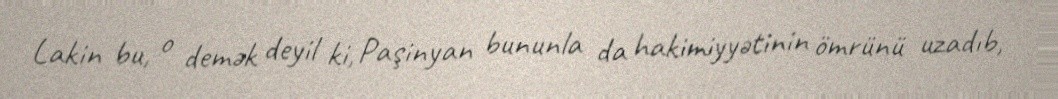
Lakin bu, o demək deyil ki, Paşinyan bununla da hakimiyyətinin ömrünü uzadıb,